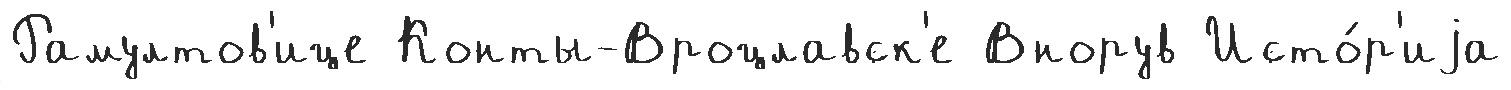
Рамултов'ице Конты-Вроцлавск'е Внорув Исто́р'иjа